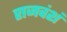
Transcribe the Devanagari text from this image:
राजवंशं